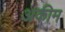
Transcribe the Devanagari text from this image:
अकीम